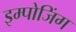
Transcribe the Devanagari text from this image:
इम्पोजिंग